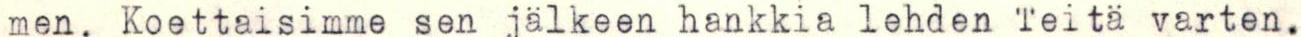
men. Koettaisimme sen jälkeen hankkia lehden Teitä varten.